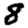
Digit: 8